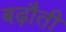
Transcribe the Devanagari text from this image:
बढ़ौती